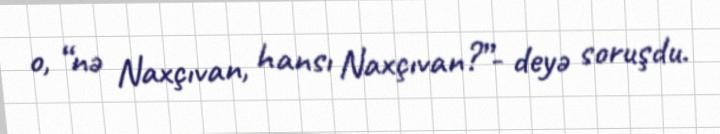
o, “nə Naxçıvan, hansı Naxçıvan?”- deyə soruşdu.